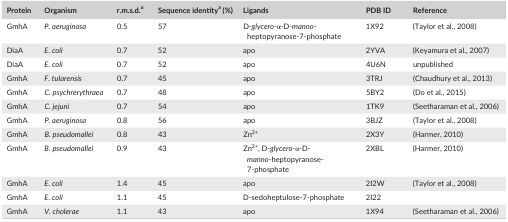
| Protein | Organism | r.m.s.d.a | Sequence identitya (%) | Ligands | PDB ID | Reference |
 | --- | --- | --- | --- | --- | --- | --- |
 | GmhA | P. aeruginosa | 0.5 | 57 | D‐glycero‐α‐D‐manno‐heptopyranose‐7‐phosphate | 1X92 | (Taylor et al., 2008) |
 | DiaA | E. coli | 0.7 | 52 | apo | 2YVA | (Keyamura et al., 2007) |
 | DiaA | E. coli | 0.7 | 52 | apo | 4U6N | unpublished |
 | GmhA | F. tularensis | 0.7 | 45 | apo | 3TRJ | (Chaudhury et al., 2013) |
 | GmhA | C. psychrerythraea | 0.7 | 48 | apo | 5BY2 | (Do et al., 2015) |
 | GmhA | C. jejuni | 0.7 | 54 | apo | 1TK9 | (Seetharaman et al., 2006) |
 | GmhA | P. aeruginosa | 0.8 | 56 | apo | 3BJZ | (Taylor et al., 2008) |
 | GmhA | B. pseudomallei | 0.8 | 43 | Zn2+ | 2X3Y | (Harmer, 2010) |
 | GmhA | B. pseudomallei | 0.9 | 43 | Zn2+, D‐glycero‐α‐D‐manno‐heptopyranose‐7‐phosphate | 2XBL | (Harmer, 2010) |
 | GmhA | E. coli | 1.4 | 45 | apo | 2I2W | (Taylor et al., 2008) |
 | GmhA | E. coli | 1.1 | 45 | D‐sedoheptulose‐7‐phosphate | 2I22 |  |
 | GmhA | V. cholerae | 1.1 | 43 | apo | 1X94 | (Seetharaman et al., 2006) |